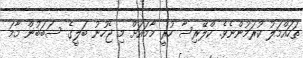
ތަހައްމަލު ކުރަމުންނެވެ. ކްލޭރިސާ ހުރީ މާމައަށް މި ޖެހުނު ބަލީގެ ސަބަބުން މާމަ